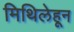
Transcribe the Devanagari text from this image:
मिथिलेहून